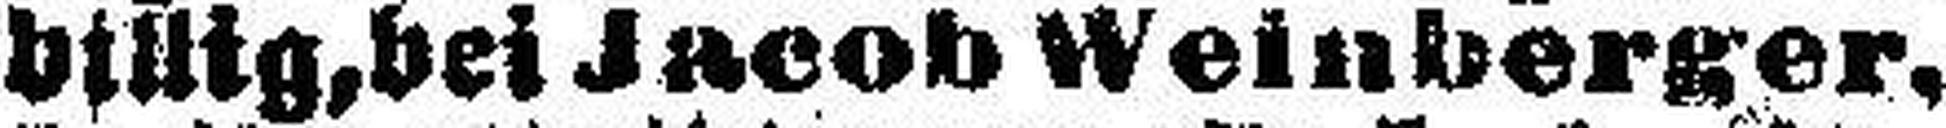
billig, bei Jacob Weinberger.